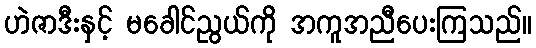
ဟဲဇာဒီးနှင့် မခေါင်ညွယ်ကို အကူအညီပေးကြသည်။